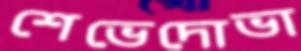
শেভেদোভা